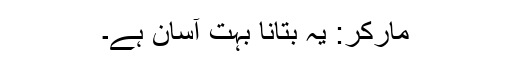
مارکر: یہ بتانا بہت آسان ہے۔